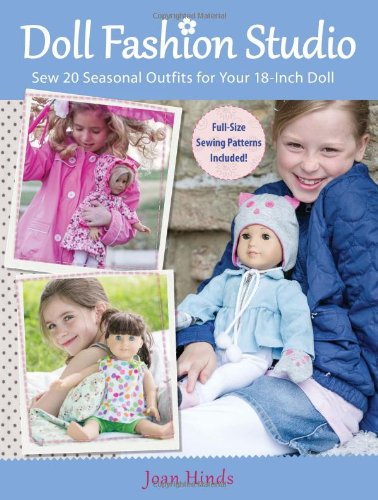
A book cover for Doll Fashion Studio: Sew 20 Seasonal Outfits for Your 18-Inch Doll; Joan Hinds; Crafts, Hobbies & Home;